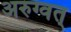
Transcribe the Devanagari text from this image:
अरुग्वत्